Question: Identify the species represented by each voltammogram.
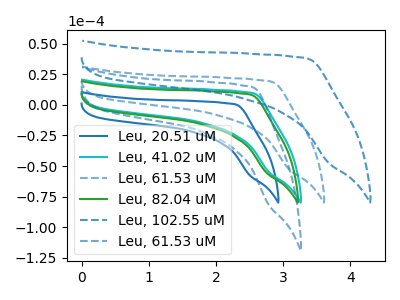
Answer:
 <answer>The blue curve is labeled "Leu, 20.51 uM". The cyan curve is labeled "Leu, 41.02 uM". The blue dashed curve is labeled "Leu, 61.53 uM". The green curve is labeled "Leu, 82.04 uM". The blue dashed curve is labeled "Leu, 102.55 uM". The blue dashed curve is labeled "Leu, 61.53 uM".</answer>
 <eval></eval>